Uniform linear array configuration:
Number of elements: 32
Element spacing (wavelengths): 0.5
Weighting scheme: hamming
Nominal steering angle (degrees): -15
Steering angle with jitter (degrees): -14.002
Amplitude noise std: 0.05
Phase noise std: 0.05

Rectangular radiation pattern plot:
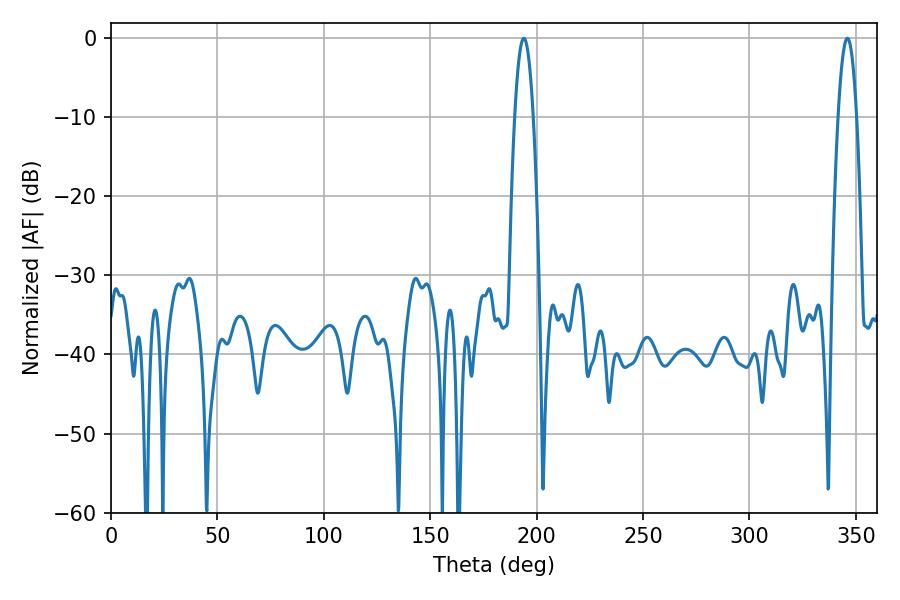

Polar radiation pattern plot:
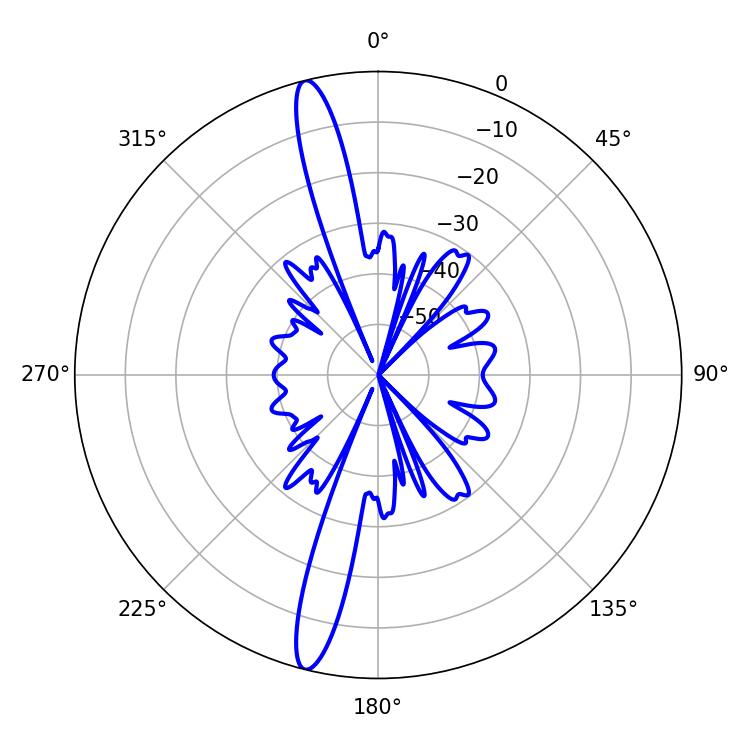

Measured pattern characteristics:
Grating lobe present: FALSE
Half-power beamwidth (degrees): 4.68
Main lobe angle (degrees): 345.96